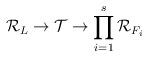
LaTeX: \begin{align*}\mathcal{R}_L\rightarrow\mathcal{T}\rightarrow\prod_{i=1}^s\mathcal{R}_{F_i}\end{align*}